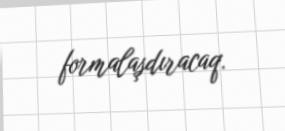
formalaşdıracaq.